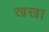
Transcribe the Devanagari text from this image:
खखा